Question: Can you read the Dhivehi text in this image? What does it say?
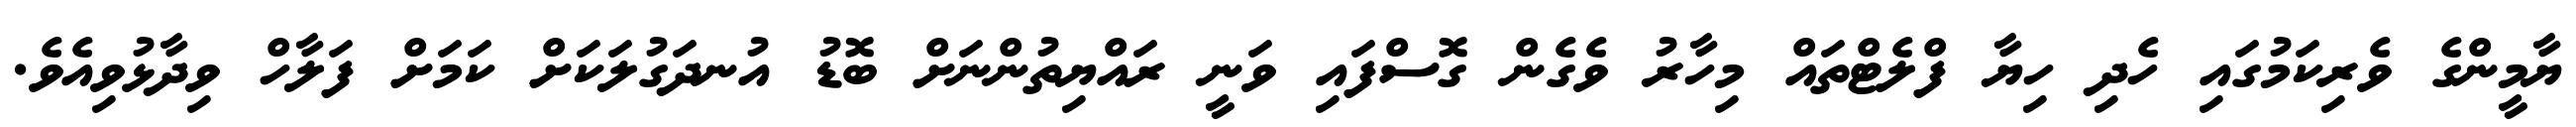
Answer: ޔާމީންގެ ވެރިކަމުގައި ހެދި ހިޔާ ފްލެޓްތައް މިހާރު ވެގެން ގޮސްފައި ވަނީ ރައްޔިތުންނަށް ބޮޑު އުނދަގުލަކަށް ކަމަށް ފަލާހް ވިދާޅުވިއެވެ.